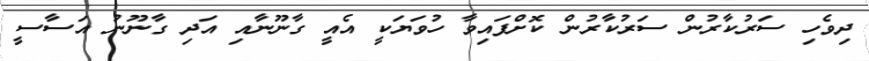
ދިވެހި ސަރުކާރުން ސަރުކާރުން ކޮށްފައިވާ ހުވަޔަކީ އެެއީ ގާނޫނާއި އަދި ގާނޫނު އަސާސީ